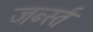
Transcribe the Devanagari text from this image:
जर्ब्स्त